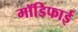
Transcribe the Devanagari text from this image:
मॉडिफाई